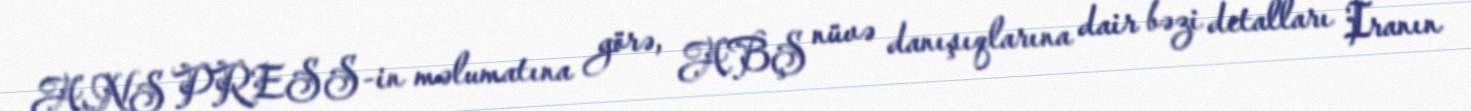
ANS PRESS-in məlumatına görə, ABŞ nüvə danışıqlarına dair bəzi detalları İranın